Lunatic asylums Central Provinces reports 1910-1926 - 1910-1926
Year: 1910
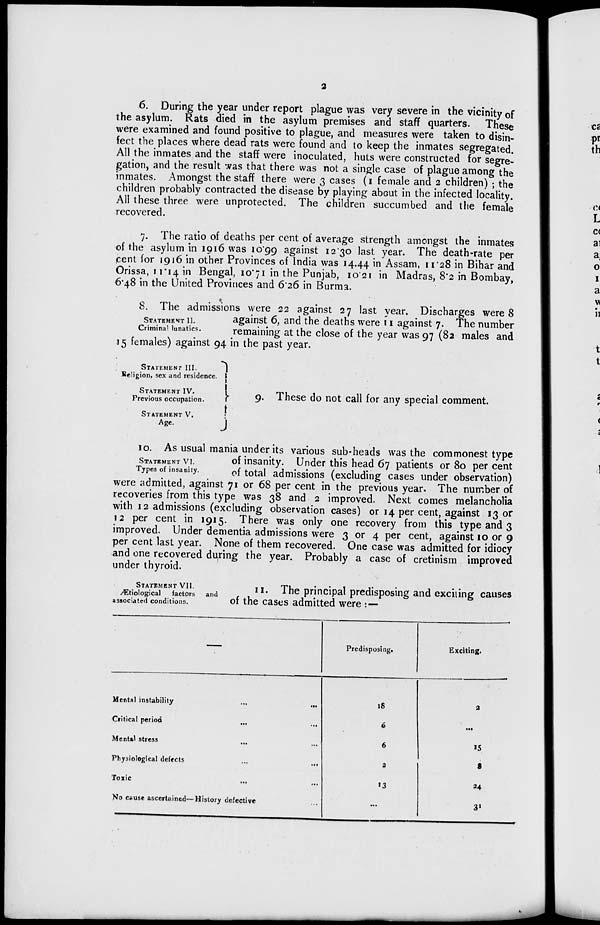
2
6. During the year under report plague was very severe in the vicinity of
the asylum. Rats died in the asylum premises and staff quarters. These
were examined and found positive to plague, and measures were taken to disin-
fect the places where dead rats were found and to keep the inmates segregated.
All the inmates and the staff were inoculated, huts were constructed for segre¬
gation, and the result was that there was not a single case of plague among the
inmates. Amongst the staff there were 3 cases (1 female and 2 children) ; the
children probably contracted the disease by playing about in the infected locality.
All these three were unprotected. The children succumbed and the female
recovered.
7. The ratio of deaths per cent of average strength amongst the inmates
of the asylum in 1916 was 10.99 against 12.30 last year. The death-rate per
cent for 1916 in other Provinces of India was 14.44 in Assam, 11.28 in Bihar and
Orissa, 11.14 in Bengal, 10.71 in the Punjab, 10.21 in Madras, 8.2 in Bombay,
6.48 in the United Provinces and 6.26 in Burma.
STATEMENT II.
Criminal lunatics.
8. The admissions were 22 against 27 last year. Discharges were 8
against 6, and the deaths were 11 against 7. The number
remaining at the close of the year was 97 (82 males and
15 females) against 94 in the past year.
STATEMENT III.
Religion, sex and residence.
STATEMENT IV.
Previous occupation.
STATEMENT V.
Age.
9. These do not call for any special comment.
STATEMENT VI.
Types of insanity.
10. As usual mania under its various sub-heads was the commonest type
of insanity. Under this head 67 patients or 80 per cent
of total admissions (excluding cases under observation)
were admitted, against 71 or 68 per cent in the previous year. The number of
recoveries from this type was 38 and 2 improved. Next comes melancholia
with 12 admissions (excluding observation cases) or 14 per cent, against 13 or
12 per cent in 1915. There was only one recovery from this type and 3
improved. Under dementia admissions were 3 or 4 per cent, against 10 or 9
per cent last year. None of them recovered. One case was admitted for idiocy
and one recovered during the year. Probably a case of cretinism improved
under thyroid.
STATEMENT VII.
Ætiological
factors and
associated conditions.
11. The principal predisposing and exciting causes
of the cases admitted were :—
—
Mental instability
...
...
Critical period ... ...
Mental stress ... ...
Physiological defects
...
...
Toxic ... ...
No cause ascertained—History defective ...
Predisposing.
18
6
6
2
13
...
Exciting.
2
...
15
3
24
31